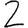
Digit: 2